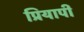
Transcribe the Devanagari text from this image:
प्रियापी